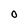
Character: O